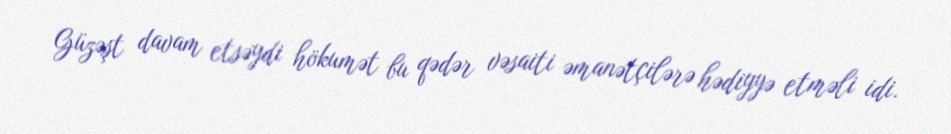
Güzəşt davam etsəydi hökumət bu qədər vəsaiti əmanətçilərə hədiyyə etməli idi.